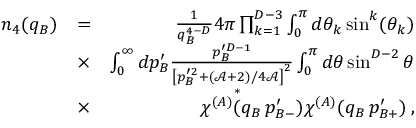
\begin{array} { r l r } { n _ { 4 } ( q _ { B } ) } & { = } & { \frac { 1 } { q _ { B } ^ { 4 - D } } 4 \pi \prod _ { k = 1 } ^ { D - 3 } \int _ { 0 } ^ { \pi } d \theta _ { k } \sin ^ { k } ( \theta _ { k } ) } \\ & { \times } & { \int _ { 0 } ^ { \infty } d p _ { B } ^ { \prime } \frac { p _ { B } ^ { \prime D - 1 } } { \left[ p _ { B } ^ { \prime 2 } + ( \mathcal { A } + 2 ) / 4 \mathcal { A } \right] ^ { 2 } } \int _ { 0 } ^ { \pi } d \theta \sin ^ { D - 2 } \theta } \\ & { \times } & { \chi ^ { ( A ) } \overset { * } { ( } q _ { B } \, p _ { B - } ^ { \prime } ) \chi ^ { ( A ) } ( q _ { B } \, p _ { B + } ^ { \prime } ) \, , } \end{array}